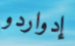
إدواردو